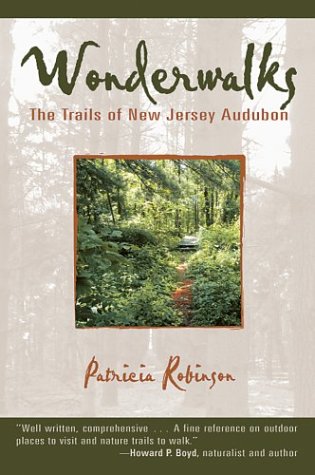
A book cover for Wonderwalks: The Trails of New Jersey Audubon; Patricia Robinson; Travel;